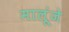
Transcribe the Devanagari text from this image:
मालूंजे